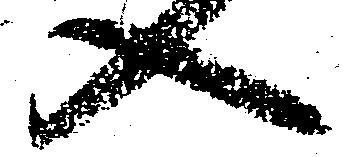
入